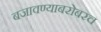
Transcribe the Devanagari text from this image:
बजावण्याबरोबरच